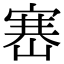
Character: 𡺶